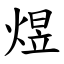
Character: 煜